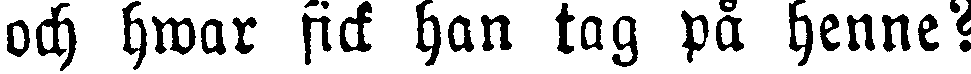
och hwar fick han tag på henne?